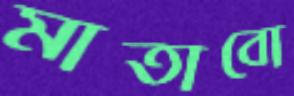
মাতাবো